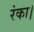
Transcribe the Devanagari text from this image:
रंका।